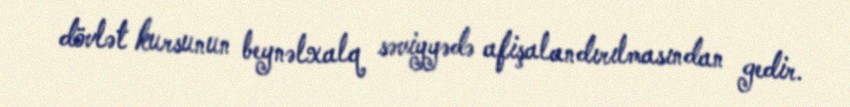
dövlət kursunun beynəlxalq səviyyədə afişalandırılmasından gedir.